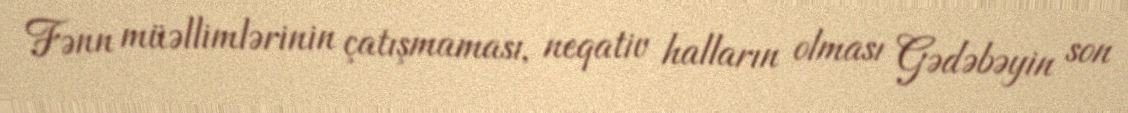
Fənn müəllimlərinin çatışmaması, neqativ halların olması Gədəbəyin son